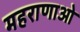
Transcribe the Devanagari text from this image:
महराणाओ